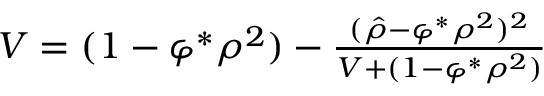
\begin{array} { r } { V = ( 1 - \varphi ^ { \ast } \rho ^ { 2 } ) - \frac { ( \hat { \rho } - \varphi ^ { \ast } \rho ^ { 2 } ) ^ { 2 } } { V + ( 1 - \varphi ^ { \ast } \rho ^ { 2 } ) } } \end{array}